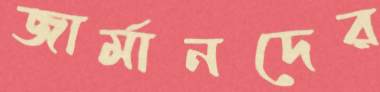
জার্মানদের